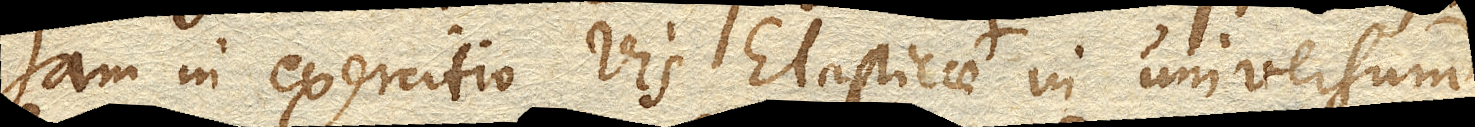
Jam in exercitio vis Elasticae in universum,